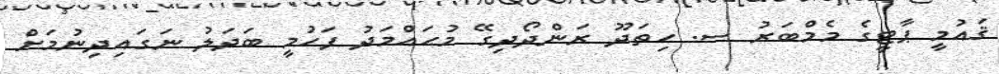
ޤައުމީ ޕާޓީގެ މެމްބަރު ސ. ހިތަދޫ ރަންދޯދިގޭ މުޙައްމަދު ފަހުމީ ބަދަލު ނަގައިދިނުމަށް